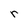
Character: r